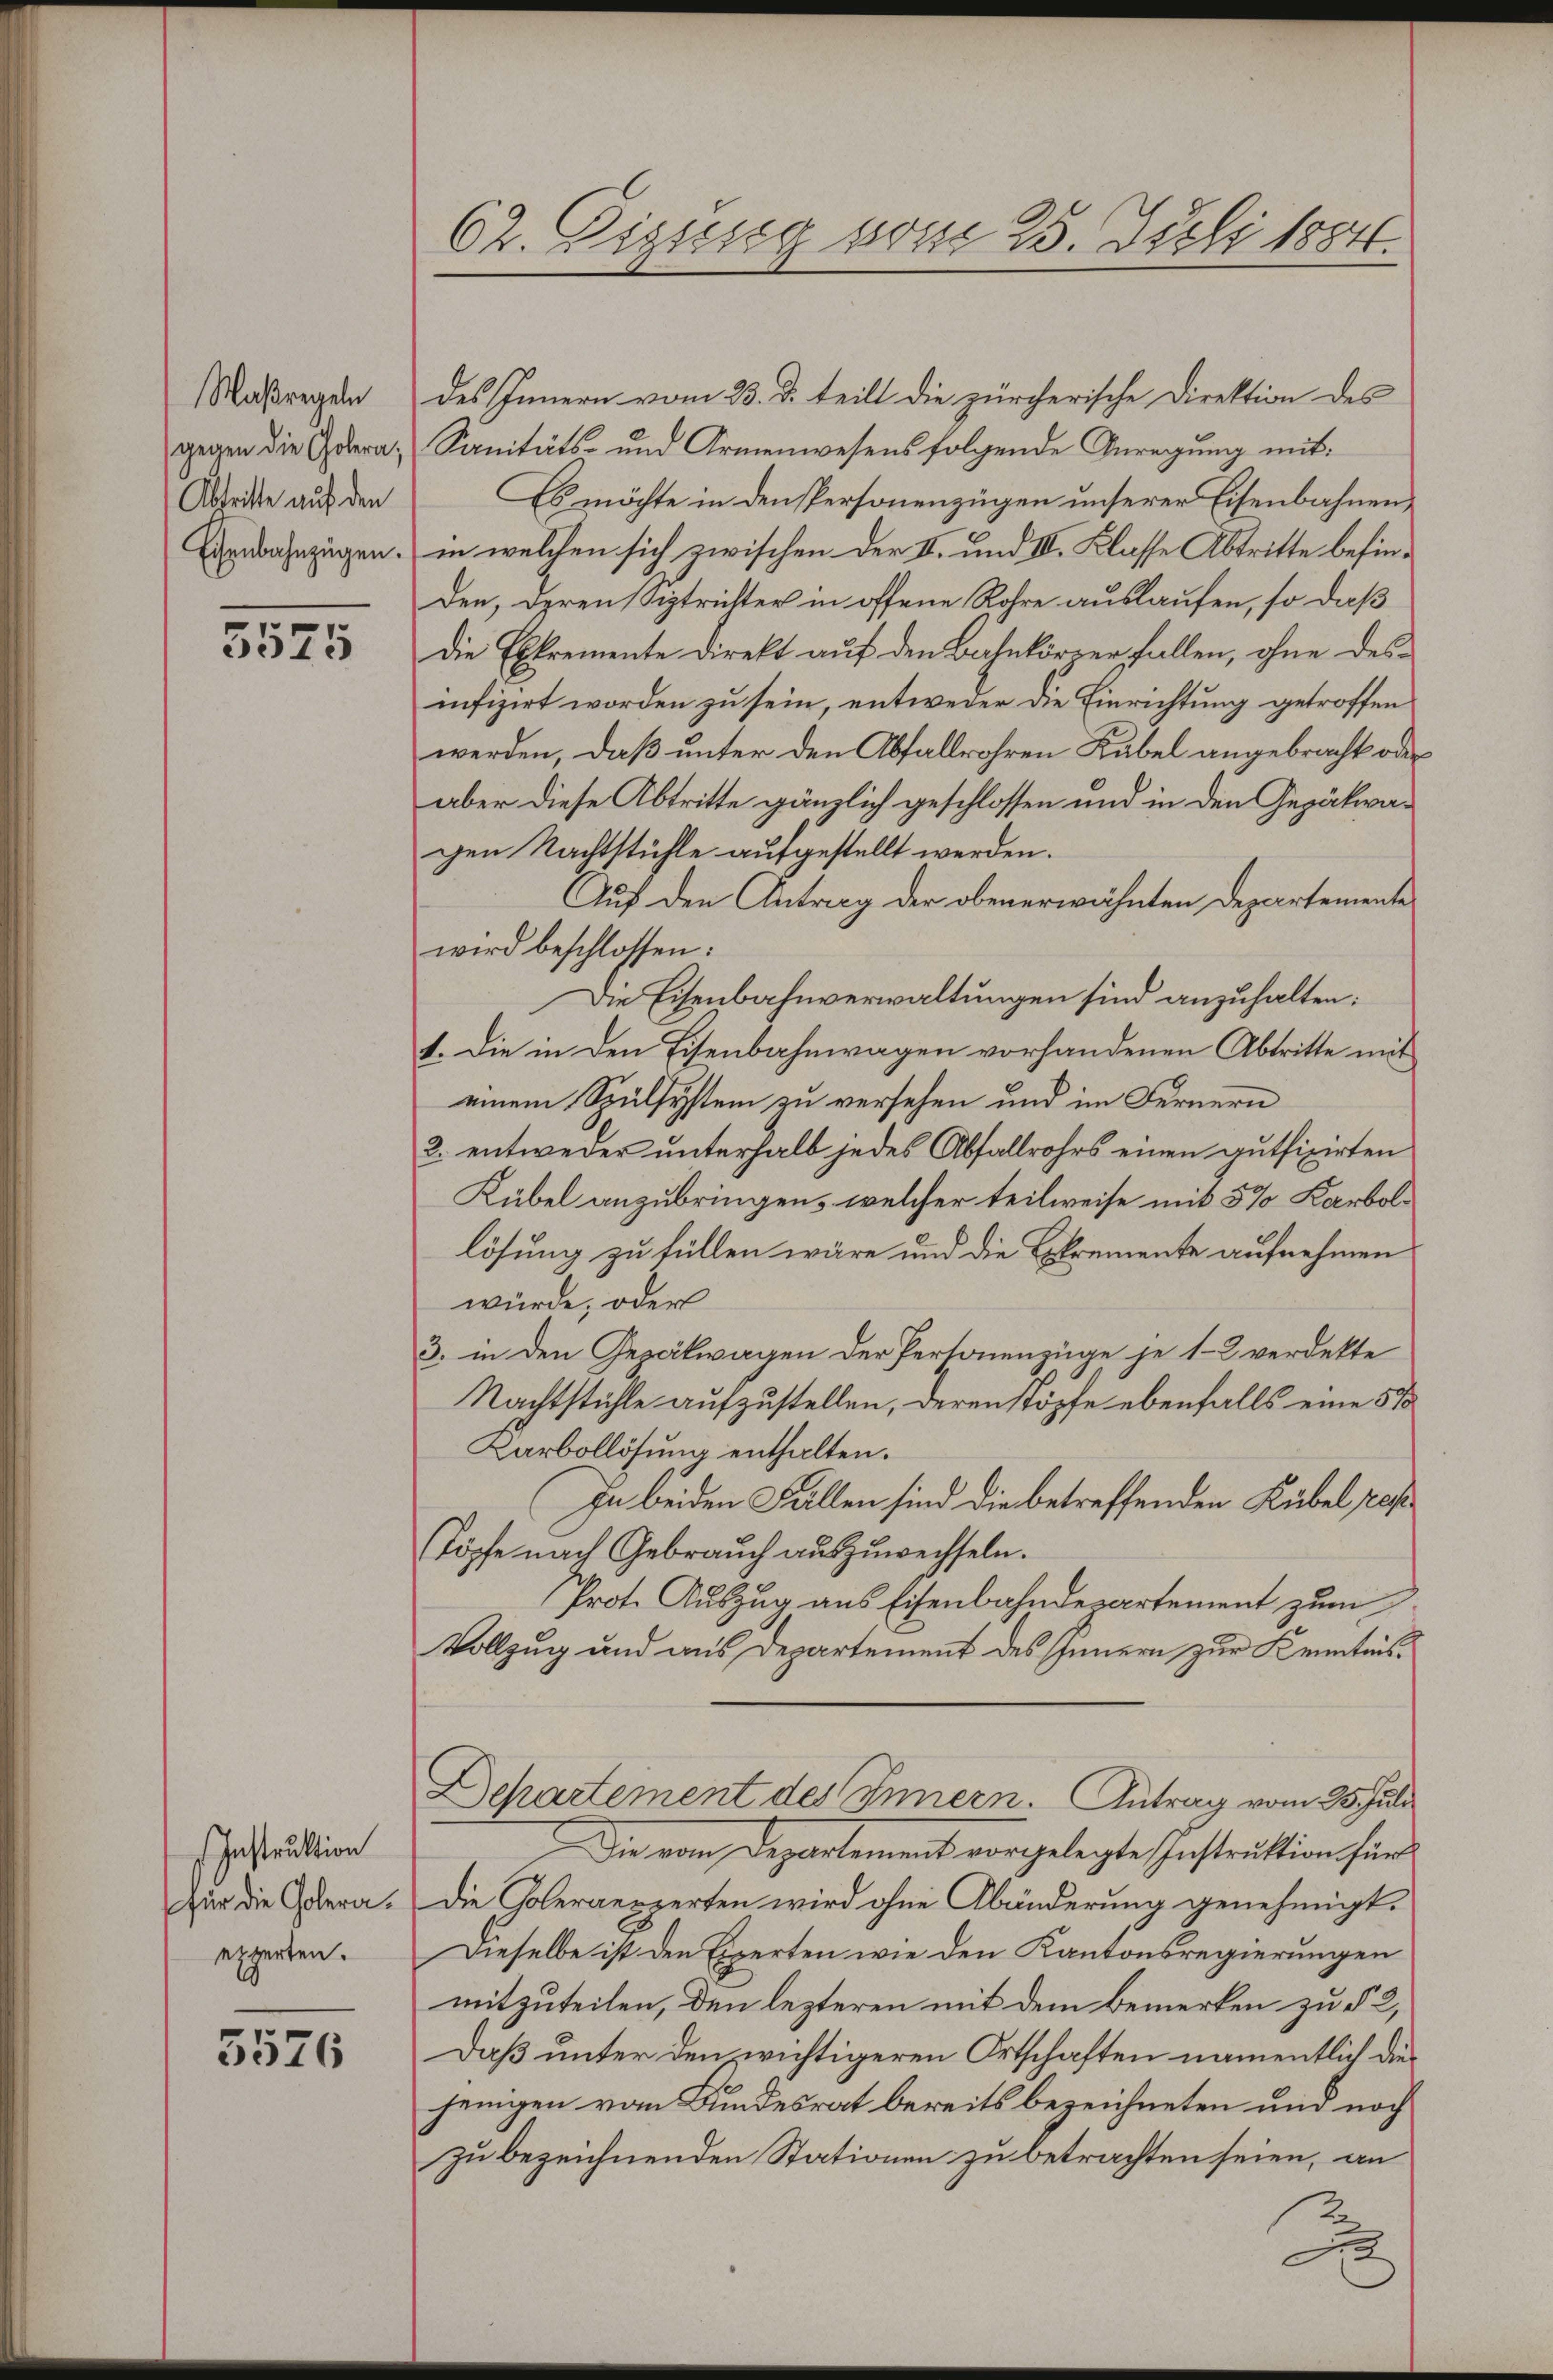
Maßregeln
gegen die Golera,
Abtritte auf den
Eisenbahnzügen.

5575

Instruktion
für die Coleraexperten.

3576

62. Digung vom 25. Juli 1884.

des Innern vom 23. d. teilt die zürcherische Direktion des
Sanitäts- und Armenwesens folgende Anregung mit:
Es möchte in denspersonenzügen unserer Eisenbahnenin welchen sich zwischen der I. und III. Klasse Abtritte befinden, deren Siptrichter in offene Rohre auslaufen, so daß
Die Exkremente Direkt auf den Bahnkörper fallen, ohne desinfizirt worden zu sein, entweder die Einrichtung getroffen
werden, daß unter den Abfallrohren Kabel angebracht oder
aber diese Abtritte gänzlich geschlossen und in den Gepähwagen Nachtstühle aufgestellt werden.
Auf den Antrag der obenerwähnten Departemente
wird beschlossen:
Die Eisenbahnverwaltungen sind anzuhalten:
1. Die in den Eisenbahnwagen vorhandenen Abtritte mit
einem Spulsystem zu versehen und im Fernern
2. entweder unterhalb jedes Abfallrohrs einen auffizirten
Kübel anzubringen, welcher teilweise mit 5% Karbollösung zu füllen wäre und die Exkremente aufnehmen
würde, oder
3. in den Gezäkwagen der Personenzüge je 1-2 verdekte
Nachtstühle aufzustellen, deren Köpfe ebenfalls eine 510
Karbollösung enthalten.
zu beiden Fällen sind die betreffenden Kübel pres
Köpfe nach Gebrauch auszuwechseln.
Prot. Auszug aus Eisenbahndepartement zum
Vollzug und aus Departement des Innern zur Kenntnis¬
Departement des Innern. Antrag vom 25. Juli
Die vom Departement vorgelegte Instruktion fürs
Die Coleraenzerten wird ohne Abänderung genehmigt.
Dieselbe ist den Experten wie den Kantonsregierungen
mitzuteilen, den lezteren mit dem Bemerken zu § 2,
Daß unter den wichtigeren Ortschaften namentlich diejenigen vom Bundesrat bereits bezeichneten und noch
zu bezeichnenden Stationen zu betrachten seien, an
J

2